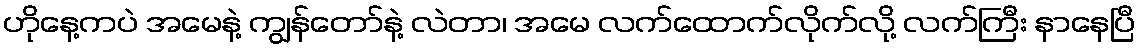
ဟိုနေ့ကပဲ အမေနဲ့ ကျွန်တော်နဲ့ လဲတာ၊ အမေ လက်ထောက်လိုက်လို့ လက်ကြီး နာနေပြီ